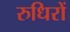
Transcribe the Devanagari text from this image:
रुधिरों